Leprosy in India: report of the Leprosy Commission in India, 1890-91
Year: 1890
Disease focus: Leprosy
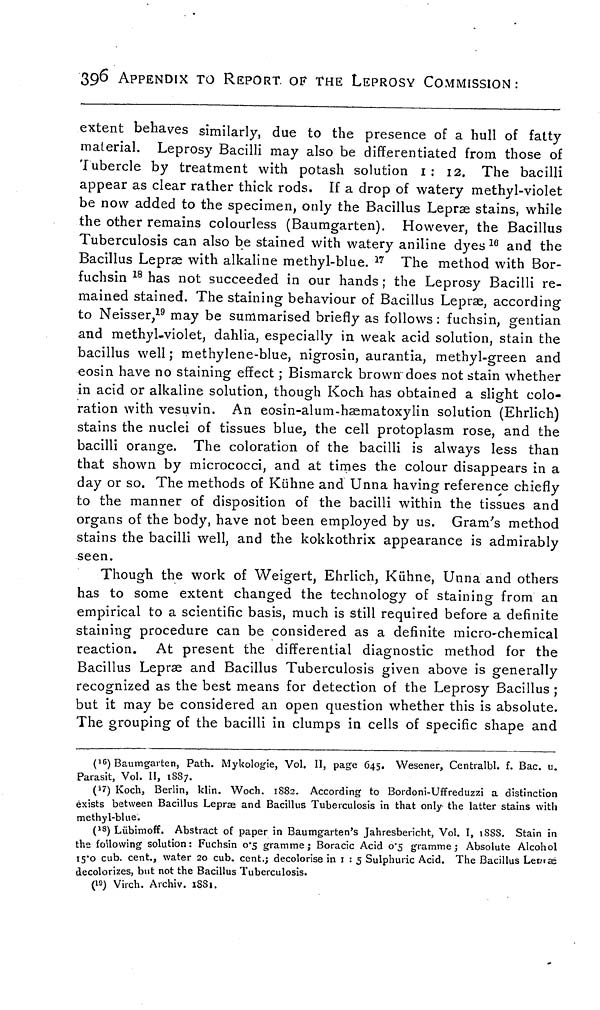
396 APPENDIX TO REPORT OF THE LEPROSY COMMISSION:
extent behaves similarly, due to the presence of a hull of fatty
material. Leprosy Bacilli may also be differentiated from those of
Tubercle by treatment with potash solution 1 : 12. The bacilli
appear as clear rather thick rods. If a drop of watery methyl-violet
be now added to the specimen, only the Bacillus Lepræ stains, while
the other remains colourless (Baumgarten). However, the Bacillus
Tuberculosis can also be stained with watery aniline dyes 16 and the
Bacillus Lepræ with alkaline methyl-blue. 17 The method with Bor-
fuchsin 18 has not succeeded in our hands ; the Leprosy Bacilli re-
mained stained. The staining behaviour of Bacillus Lepras, according
to Neisser, 19 may be summarised briefly as follows : fuchsin, gentian
and methyl-violet, dahlia, especially in weak acid solution, stain the
bacillus well ; methylene-blue, nigrosin, aurantia, methyl-green and
eosin have no staining effect ; Bismarck brown does not stain whether
in acid or alkaline solution, though Koch has obtained a slight colo-
ration with vesuvin. An eosin-alum-hæmatoxylin solution (Ehrlich)
stains the nuclei of tissues blue, the cell protoplasm rose, and the
bacilli orange. The coloration of the bacilli is always less than
that shown by micrococci, and at times the colour disappears in a
day or so. The methods of Kühne and Unna having reference chiefly
to the manner of disposition of the bacilli within the tissues and
organs of the body, have not been employed by us. Gram's method
stains the bacilli well, and the kokkothrix appearance is admirably
seen.
Though the work of Weigert, Ehrlich, Kühne, Unna and others
has to some extent changed the technology of staining from an
empirical to a scientific basis, much is still required before a definite
staining procedure can be considered as a definite micro-chemical
reaction. At present the differential diagnostic method for the
Bacillus Lepras and Bacillus Tuberculosis given above is generally
recognized as the best means for detection of the Leprosy Bacillus ;
but it may be considered an open question whether this is absolute.
The grouping of the bacilli in clumps in cells of specific shape and
( 16 ) Baumgarten, Path. Mykologie, Vol. II, page 645. Wesener, Centralbl. f. Bac. u.
Parasit, Vol. II, 1887.
( 17 ) Koch, Berlin, klin. Woch. 1882. According to Bordoni-Uffreduzzi a distinction
exists between Bacillus Lepræ and Bacillus Tuberculosis in that only the latter stains with
methyl-blue.
( 18 ) Lübimoff. Abstract of paper in Baumgarten's Jahresbericht, Vol. I, 1888. Stain in
the following solution: Fuchsin 0.5 gramme; Boracic Acid 0.5 gramme; Absolute Alcohol
15.0 cub. cent., water 20 cub. cent.; decolorise in 1 : 5 Sulphuric Acid. The Bacillus Lepræ
decolorizes, but not the Bacillus Tuberculosis.
( 19 ) Virch. Archiv. 1881.